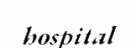
hospital